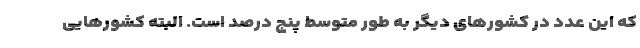
که این عدد در کشورهای دیگر به طور متوسط پنج درصد است. البته کشورهایی